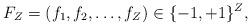
LaTeX: \begin{align*} F_Z=(f_1,f_2,\dots, f_Z)\in\{-1,+1\}^Z, \end{align*}